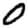
Digit: 0